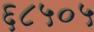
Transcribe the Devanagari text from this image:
६८५०५